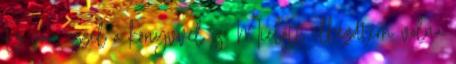
Ez van ezzel a könyvvel is. Mielőtt elkezdtem volna